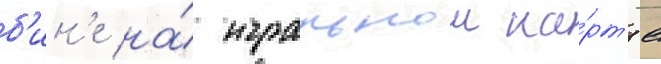
б'ин'е на́ игральнои ка́рт'е